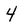
Character: 4